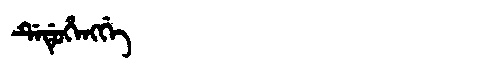
Manchu: ᡩᡝᡩᡠᡥᡝᠩᡤᡝ
Romanization: DEDUHENGGE